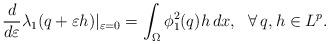
LaTeX: \begin{align*}\frac{d}{d \varepsilon} \lambda_1(q+\varepsilon h)|_{\varepsilon =0}=\int_\Omega \phi_1^2(q) h\, dx, ~~\forall \,q,h \in L^p.\end{align*}